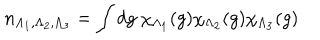
n _ { \Lambda _ { 1 } , \Lambda _ { 2 } , \Lambda _ { 3 } } = \int d g \ \chi _ { \Lambda _ { 1 } } ( g ) \chi _ { \Lambda _ { 2 } } ( g ) \chi _ { \Lambda _ { 3 } } ( g )